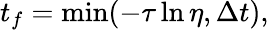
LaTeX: t_{f}=\operatorname*{min}(-\tau\ln\eta,\Delta t),